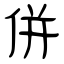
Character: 併